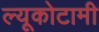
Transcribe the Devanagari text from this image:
ल्यूकोटामी